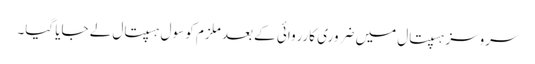
سروسز ہسپتال میں ضروری کارروائی کے بعد ملزم کو سول ہسپتال لے جایا گیا۔